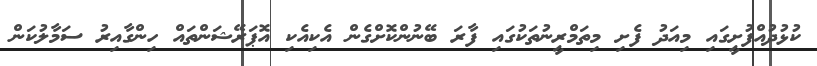
ކުޅުދުއްފުށީގައި މިއަދު ފެށި މިތަމްރީނުތަކުގައި ފާރަ ބޭނުންކޮށްގެން އެކިއެކި އޮޕަރޭޝަންތައް ހިންގާއިރު ސަމާލުކަން